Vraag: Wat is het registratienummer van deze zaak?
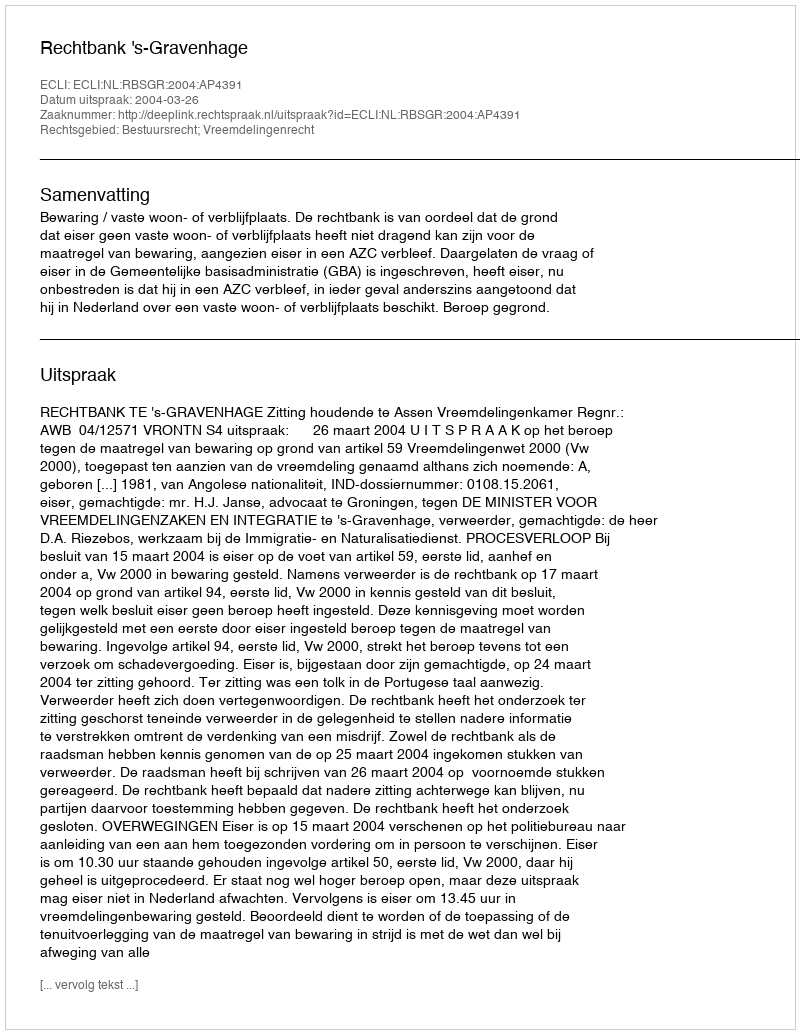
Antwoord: http://deeplink.rechtspraak.nl/uitspraak?id=ECLI:NL:RBSGR:2004:AP4391